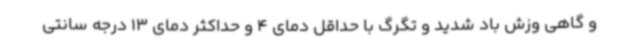
و گاهی وزش باد شدید و تگرگ با حداقل دمای 4 و حداکثر دمای 13 درجه سانتی